DOW-UAP-D49, Launch Summary, Vandenberg AFB, 2000
Agency: Department of War
Incident date: 2/3/00
Page 103
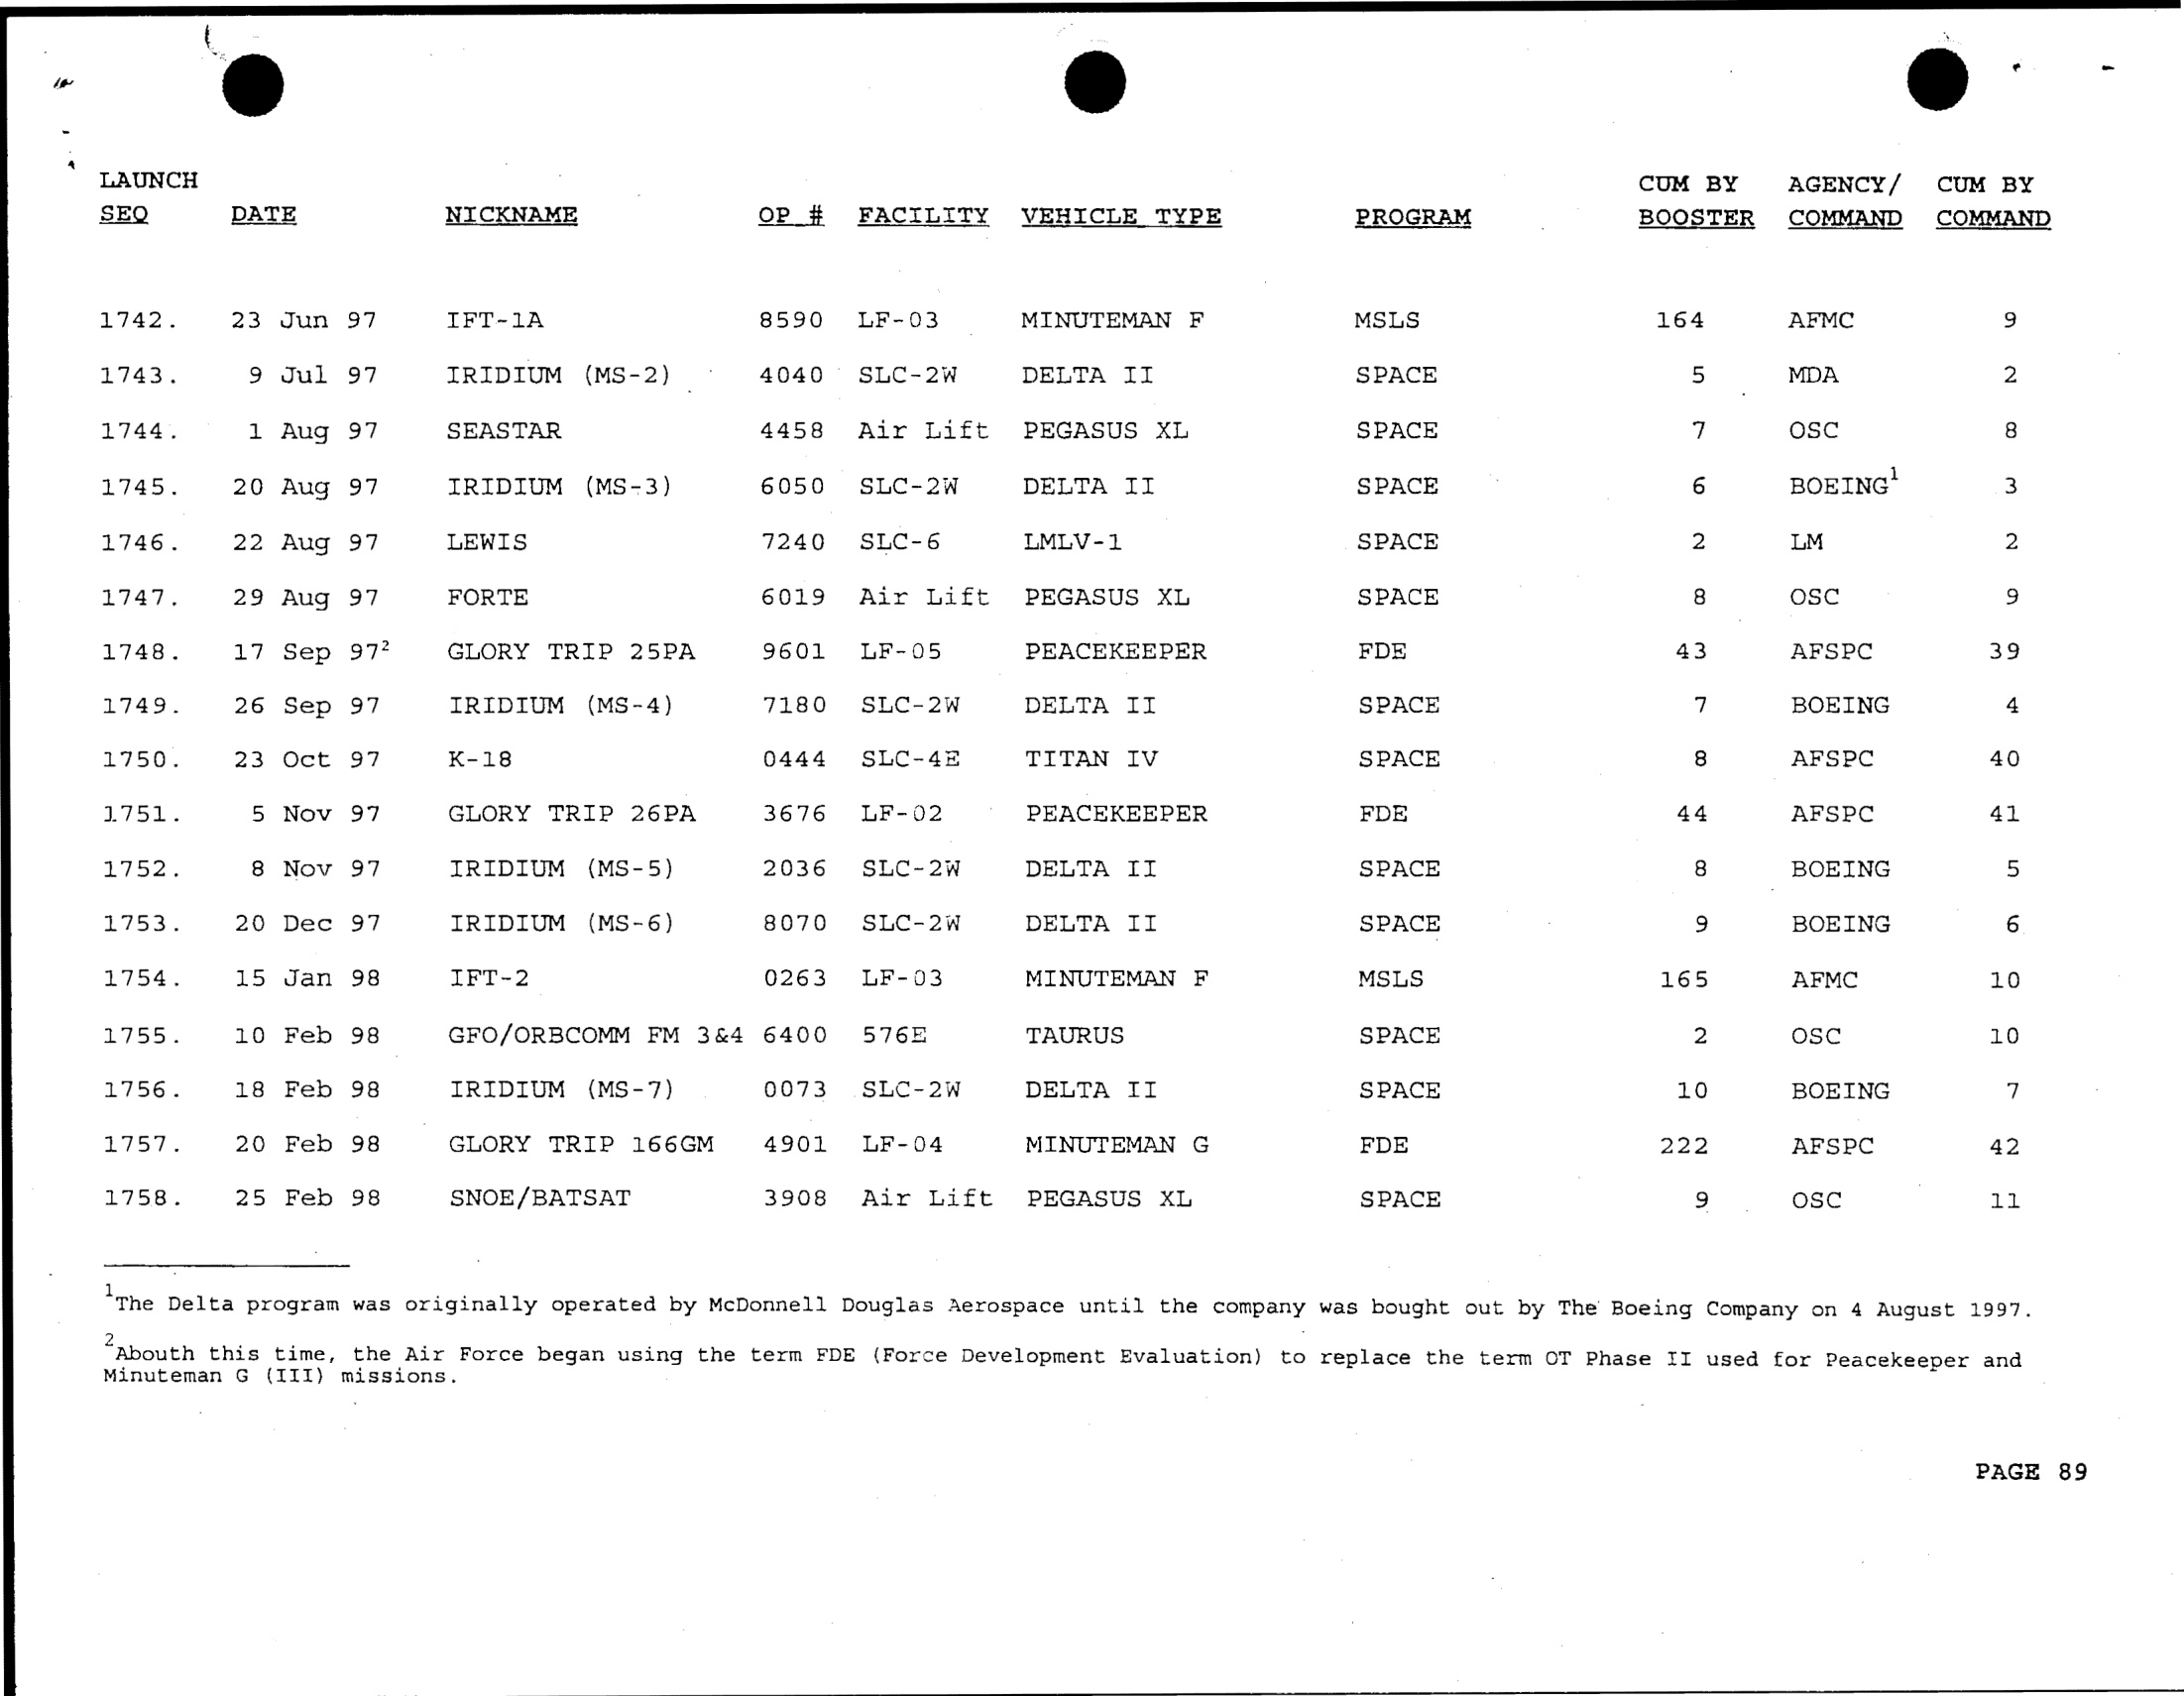